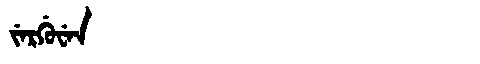
Manchu: ᠵᡝᡵᡤᡠᠸᡝᠨ
Romanization: JERGUWEN